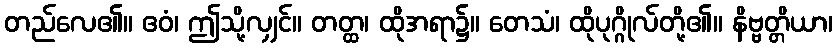
တည်လေ၏။ ဧဝံ၊ ဤသို့လျှင်။ တတ္ထ၊ ထိုအရာ၌။ တေသံ၊ ထိုပုဂ္ဂိုလ်တို့၏။ နိဗ္ဗတ္တိယာ၊